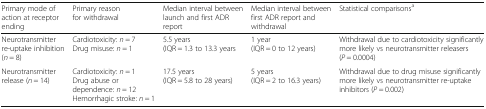
| Primary mode of action at receptor ending | Primary reason for withdrawal | Median interval between launch and first ADR report | Median interval between first ADR report and withdrawal | Statistical comparisonsa |
 | --- | --- | --- | --- | --- |
 | Neurotransmitter re-uptake inhibition (n = 8) | Cardiotoxicity: n = 7Drug misuse: n = 1 | 5.5 years (IQR = 1.3 to 13.3 years | 1 year (IQR = 0 to 12 years) | Withdrawal due to cardiotoxicity significantly more likely vs neurotransmitter releasers (P = 0.0004) |
 | Neurotransmitter release (n = 14) | Cardiotoxicity: n = 1Drug abuse or dependence: n = 12Hemorrhagic stroke: n = 1 | 17.5 years (IQR = 5.8 to 28 years) | 5 years (IQR = 2 to 16.3 years) | Withdrawal due to drug misuse significantly more likely vs neurotransmitter re-uptake inhibitors (P = 0.002) |